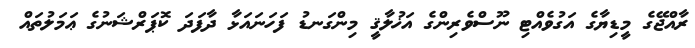
ރާއްޖޭގެ މީޑިޔާގެ އަގުވެއްޓި ނޫސްވެރިންގެ އަޚުލާޤީ މިންގަނޑު ފަހަނައަޅާ ދާފަދަ ކޮޕަރްޝަނުގެ ޢަމަލުތައް